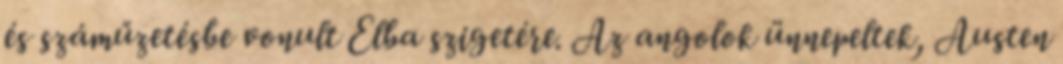
és száműzetésbe vonult Elba szigetére. Az angolok ünnepeltek, Austen